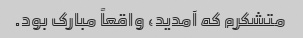
متشکرم که آمدید، واقعاً مبارک بود.